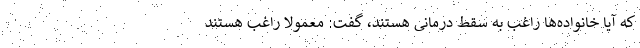
که آیا خانواده‌ها راغب به سقط درمانی هستند، گفت: معمولا راغب هستند